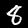
Digit: 8